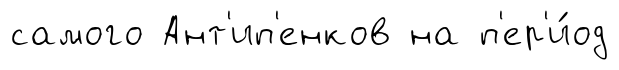
самого Ант'ип'енков на п'ер'и́од